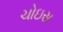
ચોઇસ